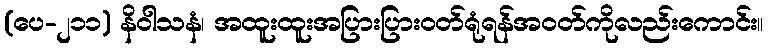
(ပေ-၂၁၁) နိဝါသနံ၊ အထူးထူးအပြားပြားဝတ်ရုံရန်အဝတ်ကိုလည်းကောင်း။